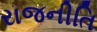
રાજનીતિ